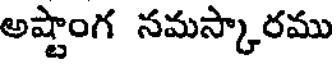
అష్టాంగ నమస్కారము